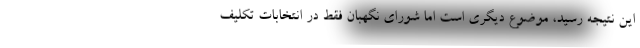
این نتیجه رسید، موضوع دیگری است اما شورای نگهبان فقط در انتخابات تکلیف